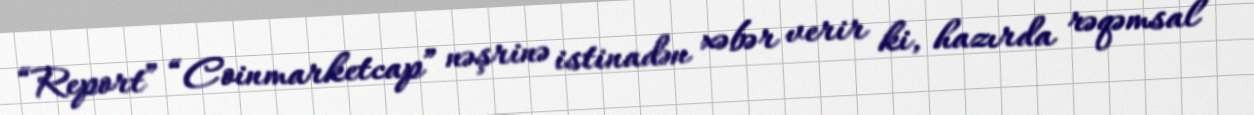
“Report” “Coinmarketcap” nəşrinə istinadən xəbər verir ki, hazırda rəqəmsal